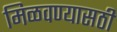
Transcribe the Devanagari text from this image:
मिळवण्यासठी